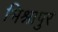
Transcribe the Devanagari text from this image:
भिश्नापुर